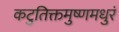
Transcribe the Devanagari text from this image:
कटुतिक्तमुष्णमधुरं